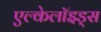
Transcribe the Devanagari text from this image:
एल्केलॉइड्स